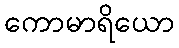
ကောမာရိယော